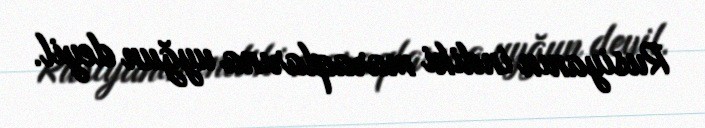
Rusiyanın indiki maraqlarına uyğun deyil.